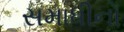
સમાધીનો